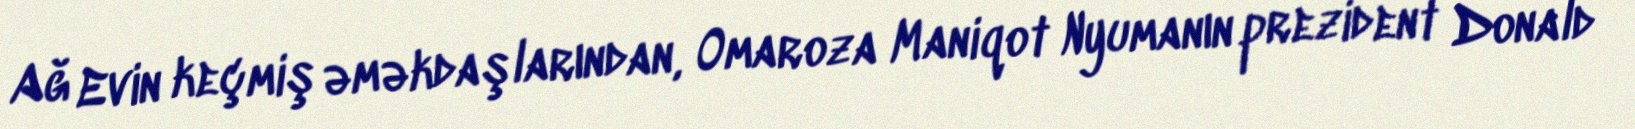
Ağ Evin keçmiş əməkdaşlarından, Omaroza Maniqot Nyumanın prezident Donald